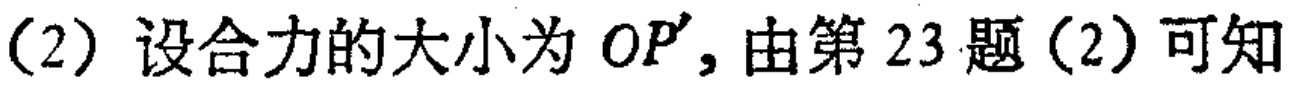
(2) 设合力的大小为 \(OP'\)，由第 23 题（2）可知